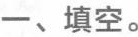
—、填空。